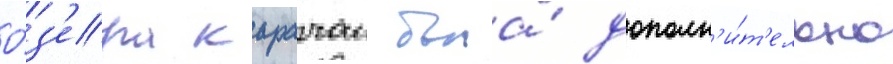
о́з'ера карачаи была́ дополн'и́т'ельно